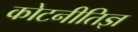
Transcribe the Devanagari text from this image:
कोटनीतिज्ञ